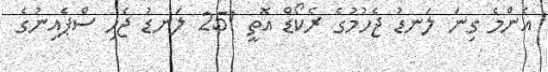
އެންމެ ގިނަ ލަނޑު ޖެހުމުގެ ރެކޯޑް އޮތީ 251 ލަނޑު ޖެހި ސްޕެއިނުގެ